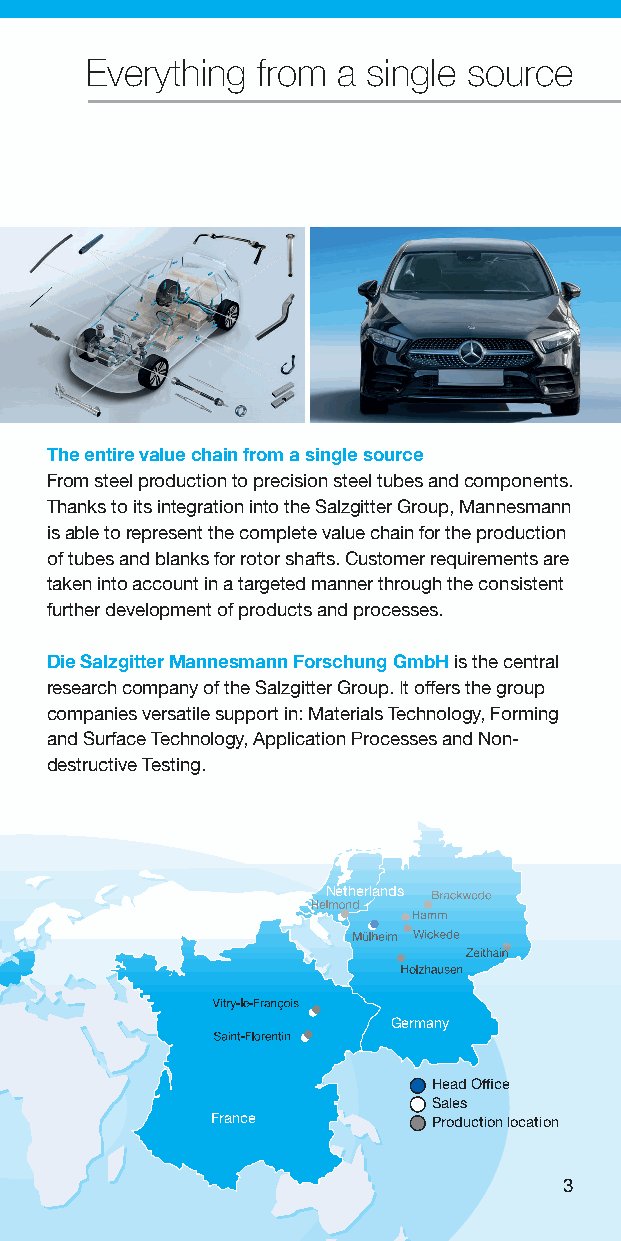
Everything from a single source
 The entire value chain from a single source
 From steel production to precision steel tubes and components.
 Thanks to its integration into the Salzgitter Group, Mannesmann
 is able to represent the complete value chain for the production
 of tubes and blanks for rotor shafts. Customer requirements are
 taken into account in a targeted manner through the consistent
 further development of products and processes.
 Die Salzgitter Mannesmann Forschung GmbH is the central
 research company of the Salzgitter Group. It offers the group
 companies versatile support in: Materials Technology, Forming
 and Surface Technology, Application Processes and Non-
 destructive Testing.
 Netherlands
 Mexico
 Germany
 Head Office
 Sales
 France         Production location
 3